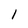
Character: l